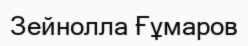
Зейнолла Ғұмаров